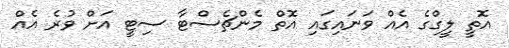
އޮތީ ލީގްގެ އެއް ވަނައިގައި އޮތް މެންޗެސްޓާ ސިޓީ އަށް ވުރެ އެއް